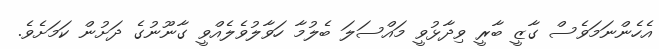
އެހެންނަމަވެސް ގާޒީ ބާރީ ވިދާޅުވީ މައްސަލަ ބެލުމާ ހަވާލުވެލެއްވީ ގާނޫނުގެ ދަށުން ކަމަށެވެ.